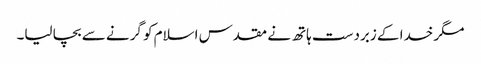
مگر خدا کے زبردست ہاتھ نے مقدس اسلام کو گرنے سے بچا لیا۔